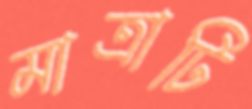
মাত্রাটি